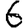
Digit: 6